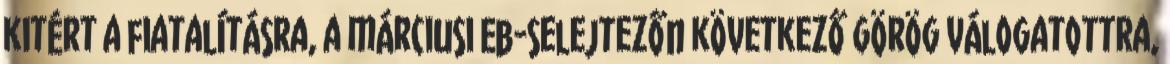
kitért a fiatalításra, a márciusi Eb-selejtezőn következő görög válogatottra,